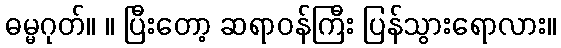
ဓမ္မဂုတ်။ ။ ပြီးတော့ ဆရာဝန်ကြီး ပြန်သွားရောလား။